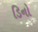
ડિનો